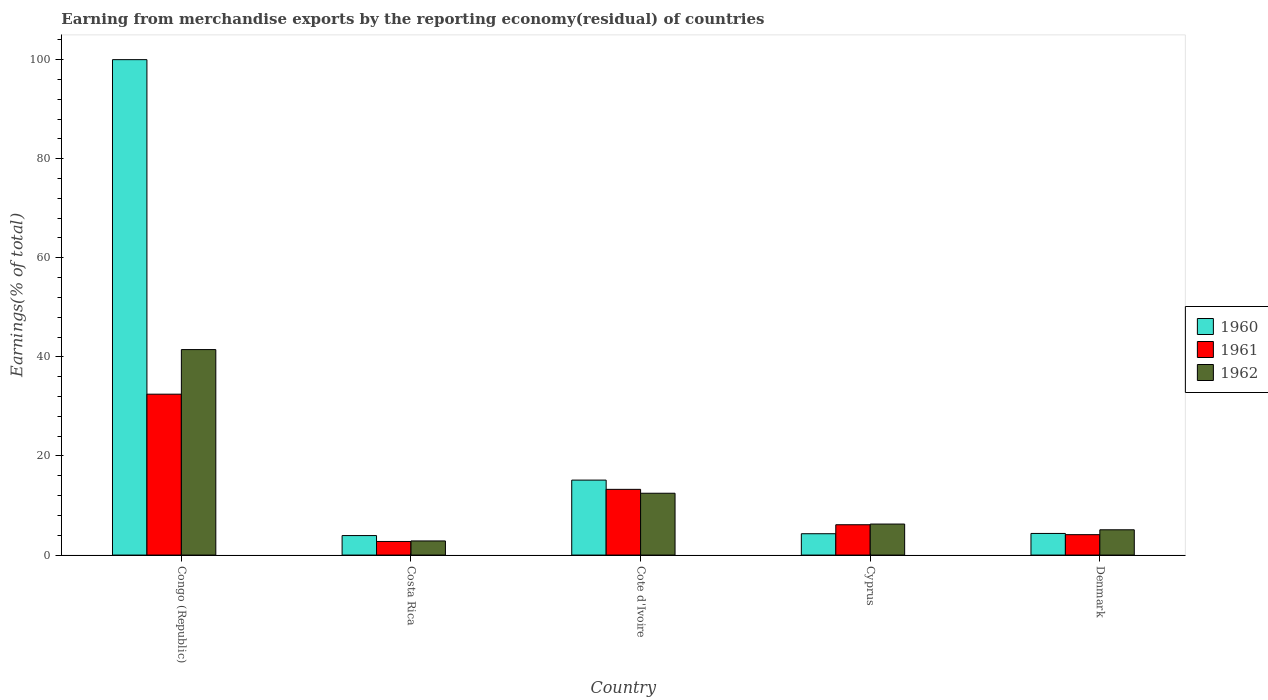
| Country | 1960 | 1961 | 1962 |
 | --- | --- | --- | --- |
 | Congo (Republic) | 100 | 32.5 | 41.5 |
 | Costa Rica | 3.94 | 2.75 | 2.85 |
 | Cote d'Ivoire | 15.1 | 13.3 | 12.5 |
 | Cyprus | 4.31 | 6.12 | 6.26 |
 | Denmark | 4.36 | 4.12 | 5.1 |